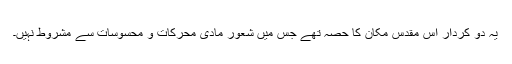
یہ دو کردار اس مقدس مکان کا حصہ تھے جس میں شعور مادی محرکات و محسوسات سے مشروط نہیں۔